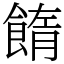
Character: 䭉